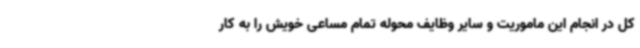
کل در انجام این ماموریت و سایر وظایف محوله تمام مساعی خویش را به کار